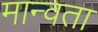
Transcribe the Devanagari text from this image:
मान्वता